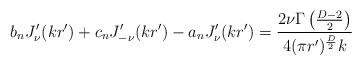
LaTeX: \begin{align*}b_n J'_{\nu}(kr')+c_n J'_{-\nu}(kr')-a_n J'_{\nu}(k r')={2\nu\Gamma\left ({D-2\over 2}\right )\over 4 (\pi r')^{D\over 2}k}\end{align*}